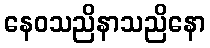
နေဝသညိနာသညိနော